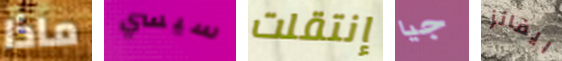
ماذا سيسي إنتقلت جيا ايفانز